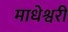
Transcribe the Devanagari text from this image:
माधेश्वरी